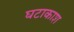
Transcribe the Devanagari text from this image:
घटाकाश